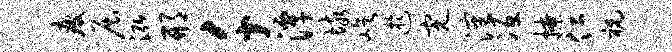
疲屈泓邢千潭垓屹迂完沈冱撩仁祝